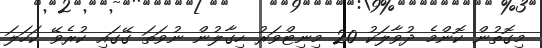
މިގޮތުން ކޮންމެ ދުވާލަކު 20 މިނިޓްވަރު ހިގާލުން ނުވަތަ ގޭގައި ކުރެވޭ ކަހަލަ